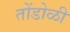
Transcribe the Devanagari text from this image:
तोंडोळी